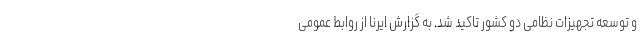
و توسعه تجهیزات نظامی دو کشور تاکید شد. به گزارش ایرنا از روابط عمومی